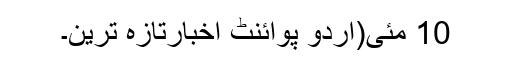
10 مئی(اُردو پوائنٹ اخبارتازہ ترین۔